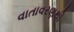
વાતાવરણથી